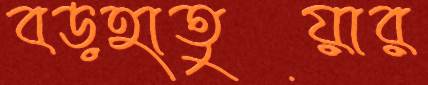
বড়হাতুয়ার